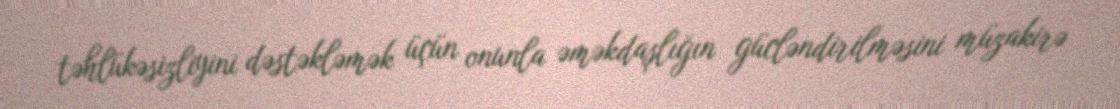
təhlükəsizliyini dəstəkləmək üçün onunla əməkdaşlığın gücləndirilməsini müzakirə